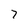
Character: 7